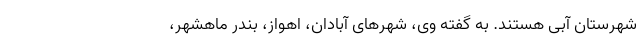
شهرستان آبی هستند. به گفته وی، شهرهای آبادان، اهواز، بندر ماهشهر،